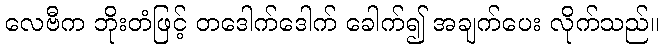
လေဗီက ဘိုးတံဖြင့် တဒေါက်ဒေါက် ခေါက်၍ အချက်ပေး လိုက်သည်။